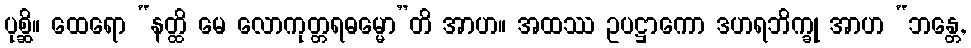
ပုစ္ဆိ။ ထေရော “နတ္ထိ မေ လောကုတ္တရဓမ္မော”တိ အာဟ။ အထဿ ဥပဋ္ဌာကော ဒဟရဘိက္ခု အာဟ “ဘန္တေ,